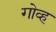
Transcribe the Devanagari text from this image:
गोव्ह